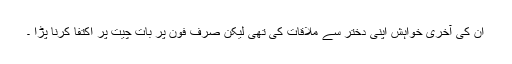
ان کی آخری خواہش اپنی دختر سے ملاقات کی تھی لیکن صرف فون پر بات چیت پر اکتفا کرنا پڑا ۔